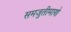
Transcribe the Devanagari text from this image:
समजुतीमाणे